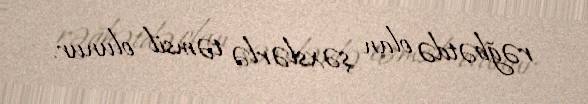
rəğbətdə olan şəxslərlə təmsil olunur.